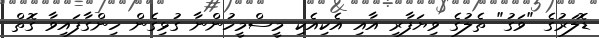
ޑޮލަރުގެ "ވަގު" ތެލުގެ ވިޔަފާރި އާއި އެކިއެކި މީސްމީހުންނާ ގުޅިގެން ހިންގާފައިވާ ގޮތް